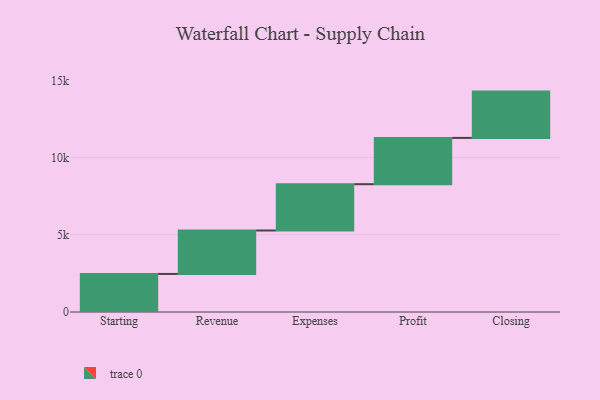
{"axis": {"x": "Step", "y": "Value"}, "legend": [""], "data": [{"x": "Starting", "y": 2466.0, "type": ""}, {"x": "Revenue", "y": 2815.0, "type": ""}, {"x": "Expenses", "y": 3000, "type": ""}, {"x": "Profit", "y": 3000, "type": ""}, {"x": "Closing", "y": 3000, "type": ""}]}